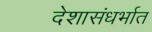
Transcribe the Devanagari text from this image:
देशासंधर्भात